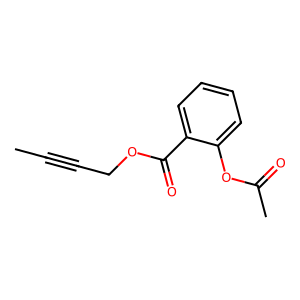
SMILES: CC#CCOC(=O)c1ccccc1OC(C)=O
Inhibits HIV replication: No